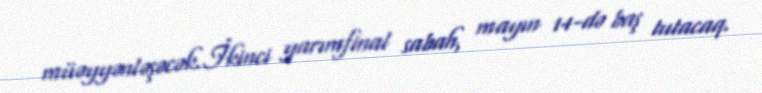
müəyyənləşəcək.İkinci yarımfinal sabah, mayın 14-də baş tutacaq.